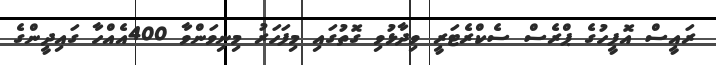
ރައީސް އޮފީހުގެ ޕްރެސް ސެކްރެޓަރީ ވިދާޅުވި ގޮތުގައި މިފަހަރު މިނިވަންވާ 400އެއްހާ ގައިދީންގެ